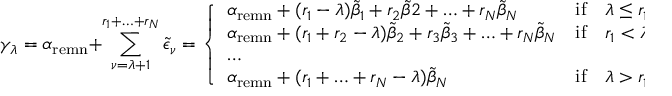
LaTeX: \gamma _ { \lambda } = \alpha _ { \mathrm { r e m n } } + \sum _ { \nu = \lambda + 1 } ^ { r _ { 1 } + \ldots + r _ { N } } \tilde { \epsilon } _ { \nu } = \left\{ \begin{array} { l c l } { { \alpha _ { \mathrm { r e m n } } + ( r _ { 1 } - \lambda ) \tilde { \beta } _ { 1 } + r _ { 2 } \tilde { \beta } 2 + \ldots + r _ { N } \tilde { \beta } _ { N } } } & { { \mathrm { i f } } } & { { \lambda \leq r _ { 1 } } } \\ { { \alpha _ { \mathrm { r e m n } } + ( r _ { 1 } + r _ { 2 } - \lambda ) \tilde { \beta } _ { 2 } + r _ { 3 } \tilde { \beta } _ { 3 } + \ldots + r _ { N } \tilde { \beta } _ { N } } } & { { \mathrm { i f } } } & { { r _ { 1 } < \lambda \leq r _ { 1 } + r _ { 2 } } } \\ { { \ldots } } & { { } } & { { } } \\ { { \alpha _ { \mathrm { r e m n } } + ( r _ { 1 } + \ldots + r _ { N } - \lambda ) \tilde { \beta } _ { N } } } & { { \mathrm { i f } } } & { { \lambda > r _ { 1 } + \ldots + r _ { N - 1 } } } \end{array} \right.